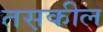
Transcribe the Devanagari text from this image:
तस़कील